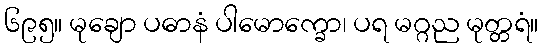
၆၉၅။ မုချော ပဓာနံ ပါမောက္ခော၊ ပရ မဂ္ဂည မုတ္တရံ။